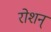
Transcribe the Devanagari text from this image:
रोशन्